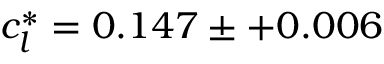
c _ { l } ^ { * } = 0 . 1 4 7 \pm + 0 . 0 0 6